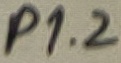
Text: P1.2